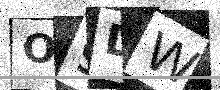
Text: O9DW